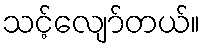
သင့်လျော်တယ်။